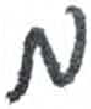
אות: מ